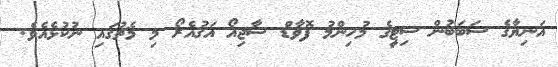
އަނިޔާގެ ސަބަބުން ސިޓީގެ މުހިންމު ފޮވާޑް ސާޖިއޯ އަގުއެރޯ މި މެޗުގައި ނުކުޅެއެވެ.